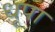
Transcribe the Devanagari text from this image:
धूपा